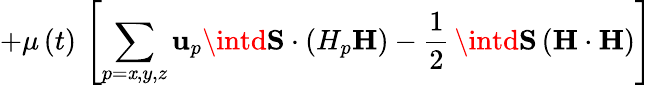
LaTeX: +\mu\left(t\right)\, \left[\sum_{p=\mathit{x},y,z}\mathbf{{u}}_{p}\intd\mathbf{{S}}\cdot\left(H_{p}\mathbf{{H}}\right)-\frac{{1}}{{2}}\, \intd\mathbf{{S}}\left(\mathbf{{H}}\cdot\mathbf{{H}}\right)\right]